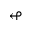
\looparrowleft